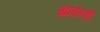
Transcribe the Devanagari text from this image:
खाबेंस्की